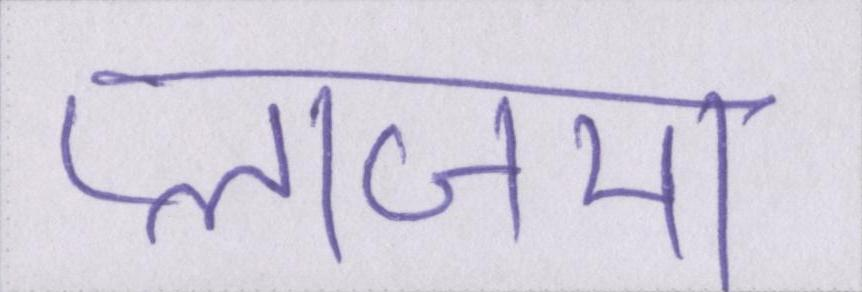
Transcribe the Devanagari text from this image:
प्लाजमा